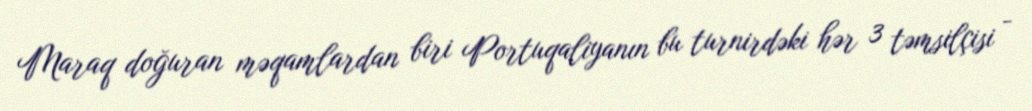
Maraq doğuran məqamlardan biri Portuqaliyanın bu turnirdəki hər 3 təmsilçisi -